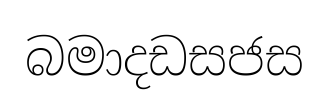
බමාදඩසජස